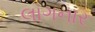
લાગનાર